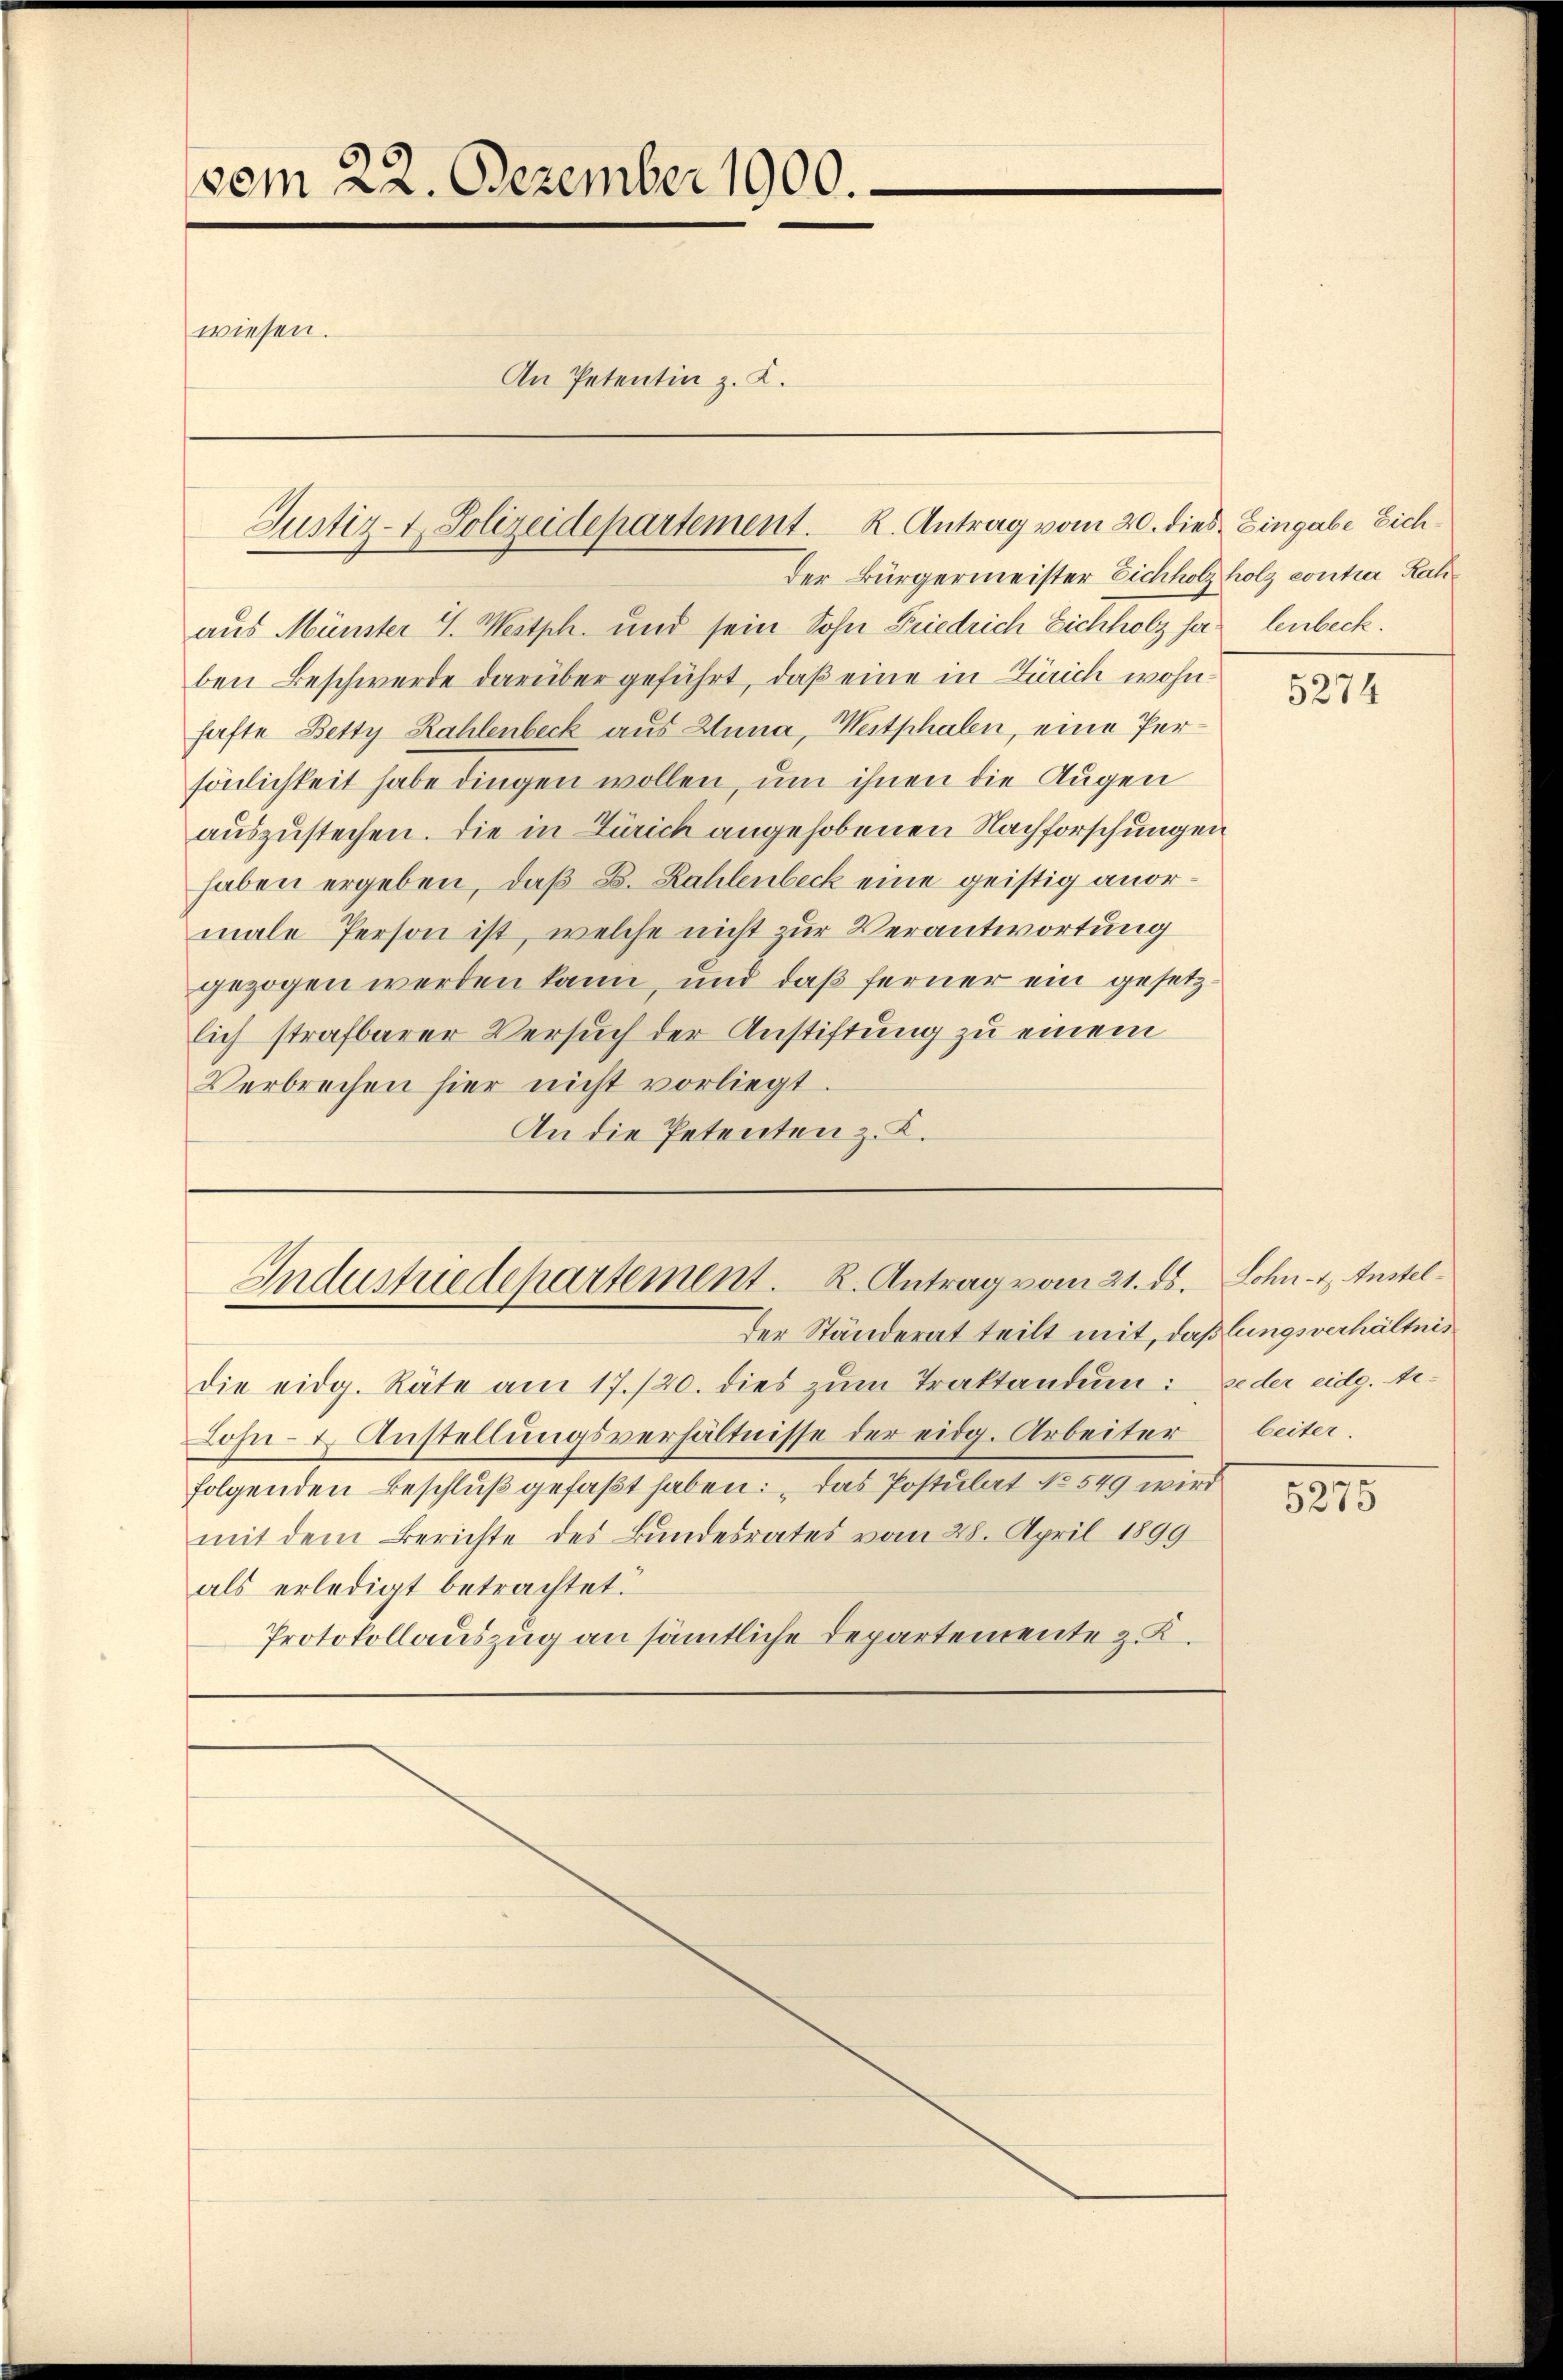
vom 22. Dezember 1900.
wiesen.
An Petentin z. K.

Justiz- & Polizeidepartement. K. Antrag vom 20. dies Eingabe Eich

Der Bürgermeister Eichholz holz contia Rahaus Münster 4. Westph. und sein Sohn Friedrich Eichholz hat lenbeck.
ben Beschwerde darüber geführt, daß eine in Zürich wohnhafte Betty Kahlenbeck aus Anna, Westphalen, eine Persönlichkeit habe dingen wollen, um ihnen die Augen
auszustechen. Die in Zürich angehobenen Nachforschungen
haben ergeben, daß B. Kahlenbeck eine geistig anormale Person ist, welche nicht zur Verantwortung
gezogen werden kann, und daß ferner ein gesetzlich strafbarer Versuch der Anstiftung zu einem
Verbrechen hier nicht vorliegt.
An die Petenten z. K.

Industriedepartement. R. Antrag vom 21. ds. Schn- & Anstel¬

der Ständerat teilt mit, daßlungsverhältnis
die eidg. Räte am 17./20. dies zum Traktandum: jeder eidg. Ar¬
Lohn- & Anstellungsverhältnisse der eidg. Arbeiter beiter.
folgenden Beschluß gefaßt haben: „Das Postulat No 549 wird
mit dem Berichte des Bundesrates vom 28. April 1899
als erledigt betrachtet.
Protokollauszug an sämtliche Departemente z. K.

5274

5275